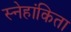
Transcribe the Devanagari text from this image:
स्नेहांकिता